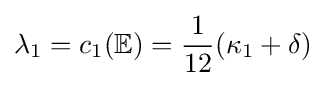
\lambda _{1}=c_{1}(\mathbb {E} )={\frac {1}{12}}(\kappa _{1}+\delta )